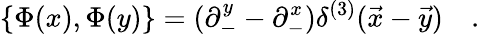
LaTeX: \{ \Phi(x),\Phi(y)\} =(\partial_{-}^{y}-\partial_{-}^{x})\delta^{(3)}(\vec{x}-\vec{y})\quad.